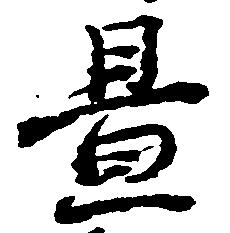
付